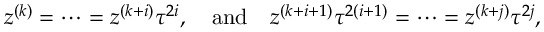
z ^ { ( k ) } = \cdots = z ^ { ( k + i ) } \tau ^ { 2 i } , { ~ ~ ~ \mathrm { a n d ~ ~ ~ } } z ^ { ( k + i + 1 ) } \tau ^ { 2 ( i + 1 ) } = \cdots = z ^ { ( k + j ) } \tau ^ { 2 j } ,